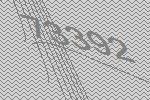
73392